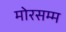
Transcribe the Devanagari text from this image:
मोरसम्म